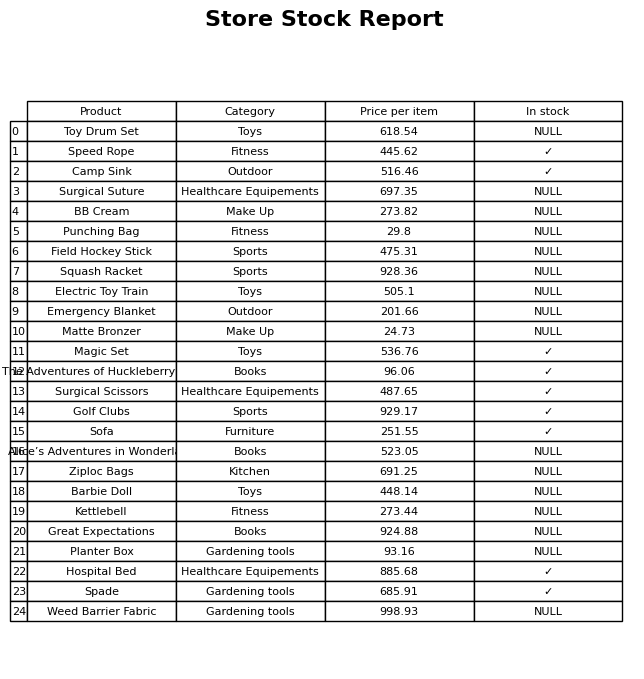
question: What is the price of the Emergency Blanket?
answer: The price of Emergency Blanket is 201.66.